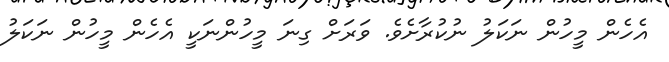
އެހެން މީހުން ނަކަލު ނުކުރާށެވެ. ވަރަށް ގިނަ މީހުންނަކީ އެހެން މީހުން ނަކަލު